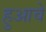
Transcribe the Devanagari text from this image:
हुआवे